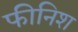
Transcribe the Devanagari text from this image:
फीनिश